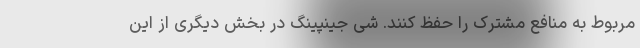
مربوط به منافع مشترک را حفظ کنند. شی جینپینگ در بخش دیگری از این